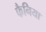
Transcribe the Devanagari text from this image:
फैनिया